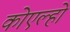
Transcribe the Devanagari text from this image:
कोएल्हो